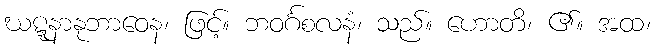
ဃဋ္ဋနာနုဘာဝေန၊ ဖြင့်။ ဘဝင်္ဂစလနံ၊ သည်။ ဟောတိ၊ ၏။ အထ၊